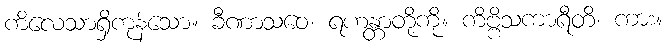
ကိလေသာရှိကုန်သော။ ခီဏာသဝေ၊ ရဟန္တာတို့ကို။ ကိဗ္ဗိသကာရီတိ၊ ကား။